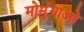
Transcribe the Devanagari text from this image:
मोर्मुगाओ